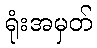
ရုံးအမှတ်